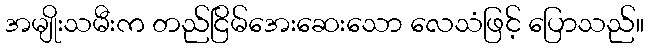
အမျိုးသမီးက တည်ငြိမ်အေးဆေးသော လေသံဖြင့် ပြောသည်။